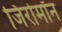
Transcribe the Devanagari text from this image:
जिरोमॉन